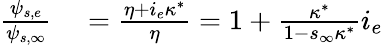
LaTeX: \begin{array}{rl}{\frac{\psi_{s,e}}{\psi_{s,\infty}}}&{{}=\frac{\eta+i_{e}\kappa^{*}}{\eta}=1+\frac{\kappa^{*}}{1-s_{\infty}\kappa^{*}}i_{e}}\end{array}